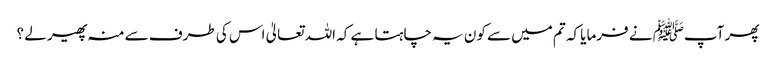
پھر آپﷺ نے فرمایا کہ تم میں سے کون یہ چاہتا ہے کہ اللہ تعالیٰ اس کی طرف سے منہ پھیر لے ؟